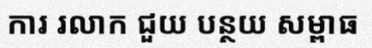
ការ រលាក ជួយ បន្ថយ សម្ពាធ